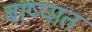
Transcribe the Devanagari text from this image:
बाष्पात